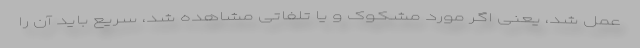
عمل شد، یعنی اگر مورد مشکوک و یا تلفاتی مشاهده شد، سریع باید آن را